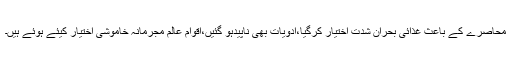
محاصرے کے باعث غذائی بحران شدت اختیار کرگیا،ادویات بھی ناپیدہو گئیں،اقوام عالم مجرمانہ خاموشی اختیار کیئے ہوئے ہیں۔